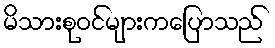
မိသားစုဝင်များကပြောသည်